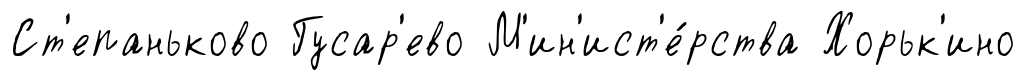
Ст'епаньково Гусар'ево М'ин'ист'е́рства Хорьк'ино